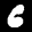
Label: 6